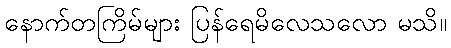
နောက်တကြိမ်များ ပြန်ရေမိလေသလော မသိ။